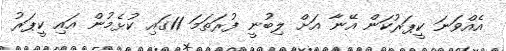
އެއްވަނަ ކީޕަރުކަން އޭނާ އަށް ލިބުނީ ފުރަތަމަ 11ގައި ކުޅެމުން އައި ކީޕަރު